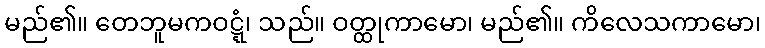
မည်၏။ တေဘူမကဝဋ္ဋံ၊ သည်။ ဝတ္ထုကာမော၊ မည်၏။ ကိလေသကာမော၊